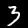
Digit: 3